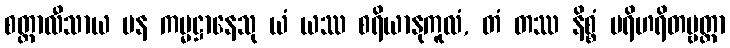
စတ္တာလီသာယ ပန ကမ္မဋ္ဌာနေသု ယံ ယဿ စရိယာနုကူလံ, တံ တဿ နိစ္စံ ပရိဟရိတဗ္ဗတ္တာ